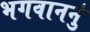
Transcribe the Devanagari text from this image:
भगवाननुं